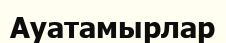
Ауатамырлар